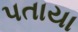
પતાયા